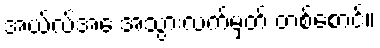
အယ်လ်အေ အသွားလက်မှတ် တစ်စောင်။